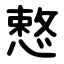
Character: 慗